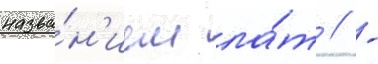
назва́н'ием ла́т // -